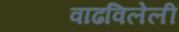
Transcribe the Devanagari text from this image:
वाढविलेली